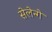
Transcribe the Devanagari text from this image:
सेलेन्गे